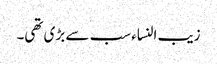
زیب النساء سب سے بڑی تھی۔